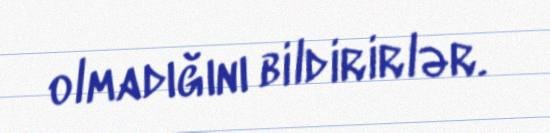
olmadığını bildirirlər.